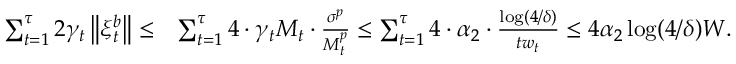
\begin{array} { r l } { \sum _ { t = 1 } ^ { \tau } 2 \gamma _ { t } \left\Vert \xi _ { t } ^ { b } \right\Vert \leq } & { \sum _ { t = 1 } ^ { \tau } 4 \cdot \gamma _ { t } M _ { t } \cdot \frac { \sigma ^ { p } } { M _ { t } ^ { p } } \leq \sum _ { t = 1 } ^ { \tau } 4 \cdot \alpha _ { 2 } \cdot \frac { \log ( 4 / \delta ) } { t w _ { t } } \leq 4 \alpha _ { 2 } \log ( 4 / \delta ) W . } \end{array}